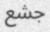
جشع